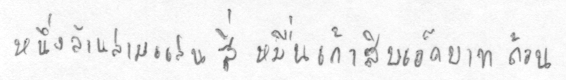
หนึ่งล้านสามแสนสี่หมื่นเก้าสิบเอ็ดบาทถ้วน